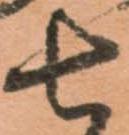
七